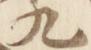
九